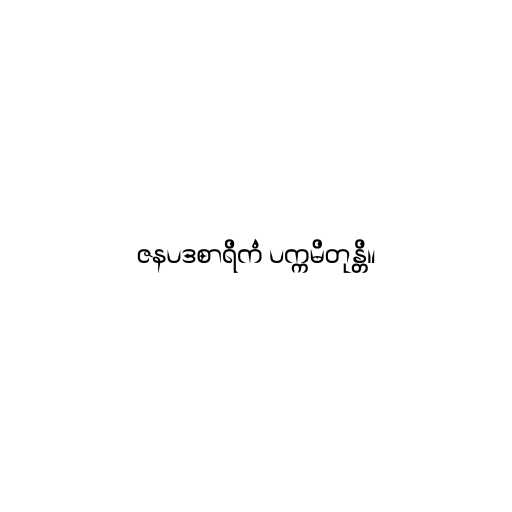
ဇနပဒစာရိကံ ပက္ကမိတုန္တိ။